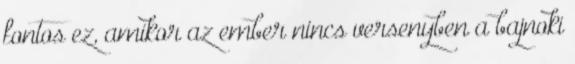
fontos ez, amikor az ember nincs versenyben a bajnoki